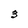
Character: 3